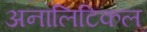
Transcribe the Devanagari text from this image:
अनालिटिकल